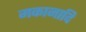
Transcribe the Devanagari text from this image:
मकानादि